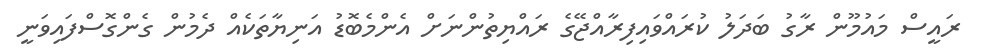
ރައީސް މައުމޫން ރާގު ބަދަލު ކުރައްވައިފިރާއްޖޭގެ ރައްޔިތުންނަށް އެންމެބޮޑު އަނިޔާތަކެއް ދެމުން ގެންގޮސްފައިވަނީ